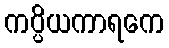
ကပ္ပိယကာရကေ